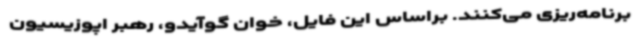
برنامه‌ریزی می‌کنند. براساس این فایل، خوان گوآیدو، رهبر اپوزیسیون